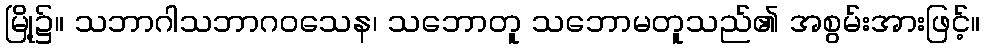
မြို့၌။ သဘာဂါသဘာဂဝသေန၊ သဘောတူ သဘောမတူသည်၏ အစွမ်းအားဖြင့်။